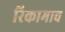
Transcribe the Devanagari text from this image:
रिकामाच